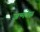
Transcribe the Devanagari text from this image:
जन्मवेळ